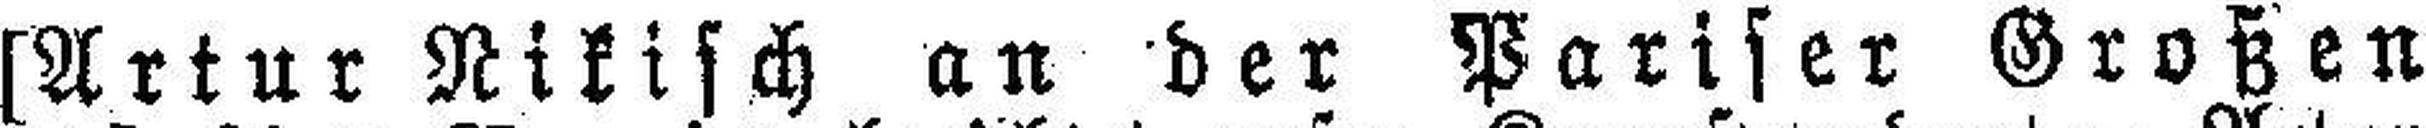
[Artur Nikisch an der Pariser Großen